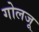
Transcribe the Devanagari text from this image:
गोलजू